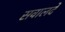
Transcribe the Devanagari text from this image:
सवालदे